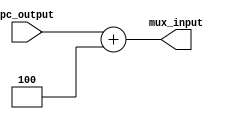
module adder1(input [63:0]pc_output, output [63:0]mux_input);

assign mux_input = pc_output+4;

endmodule